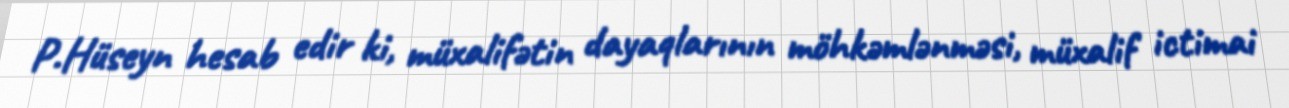
P.Hüseyn hesab edir ki, müxalifətin dayaqlarının möhkəmlənməsi, müxalif ictimai